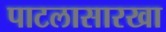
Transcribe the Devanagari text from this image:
पाटलासारखा